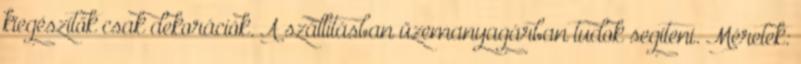
kiegészítők csak dekorációk. A szállításban üzemanyagárban tudok segíteni. Méretek: